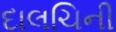
દાલચિની